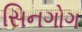
સિનગોગ